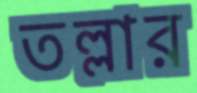
তল্লার